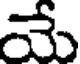
మే